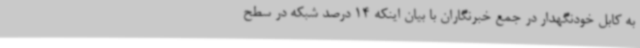
به کابل خودنگهدار در جمع خبرنگاران با بیان اینکه 14 درصد شبکه در سطح